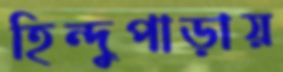
হিন্দুপাড়ায়